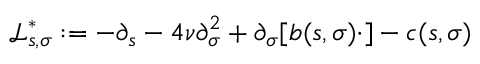
\mathcal { L } _ { s , \sigma } ^ { * } : = - \partial _ { s } - 4 \nu \partial _ { \sigma } ^ { 2 } + \partial _ { \sigma } [ b ( s , \sigma ) \cdot ] - c ( s , \sigma )